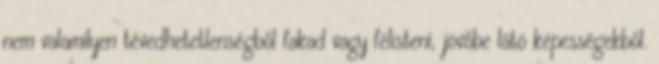
nem valamilyen tévedhetetlenségből fakad vagy félisteni, jövőbe látó képességekből.